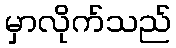
မှာလိုက်သည်